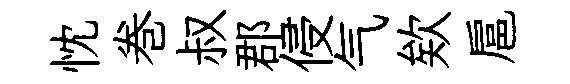
忱巻叔郡侵气欸扈